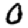
Digit: 0